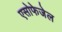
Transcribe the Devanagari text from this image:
एसोफेजेल